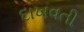
દાખવતી